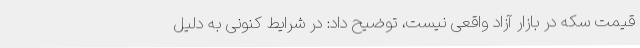
قیمت سکه در بازار آزاد واقعی نیست، توضیح داد: در شرایط کنونی به دلیل